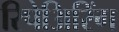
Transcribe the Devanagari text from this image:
रिपेअिरिंग